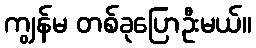
ကျွန်မ တစ်ခုပြောဦးမယ်။